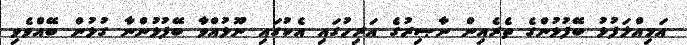
އަމިއްލަފުޅު ބޭފުޅުންގެ ތެރެއިން ނާޞިރުގެ އަރިހުގައި އެކުގައި ނޫޅުއްވާ ބޭފުޅުންނާ ގުޅުން ބޭއްވެވި